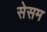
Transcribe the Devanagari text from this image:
सेसम